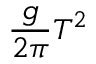
{ \frac { g } { 2 \pi } } T ^ { 2 }